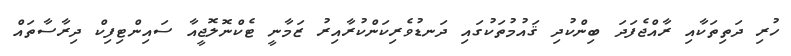
ހުރި ދަތިތަކާއި ރާއްޖެފަދަ ބިންކުދި ޤައުމުތަކުގައި ދަނޑުވެރިކަންކުރާއިރު ޒަމާނީ ޓެކްނޮލޮޖީއާ ސައިންޓިފިކް ދިރާސާތައް